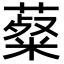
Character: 薒